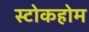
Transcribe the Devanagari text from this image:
स्टोकहोम